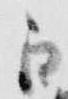
白